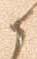
候